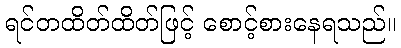
ရင်တထိတ်ထိတ်ဖြင့် စောင့်စားနေရသည်။